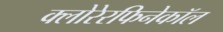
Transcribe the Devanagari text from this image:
क्लोरेरफिनेकॉल